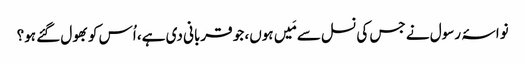
نواسۂ رسول نے جس کی نسل سے مَیں ہوں، جو قربانی دی ہے، اُس کو بھول گئے ہو؟